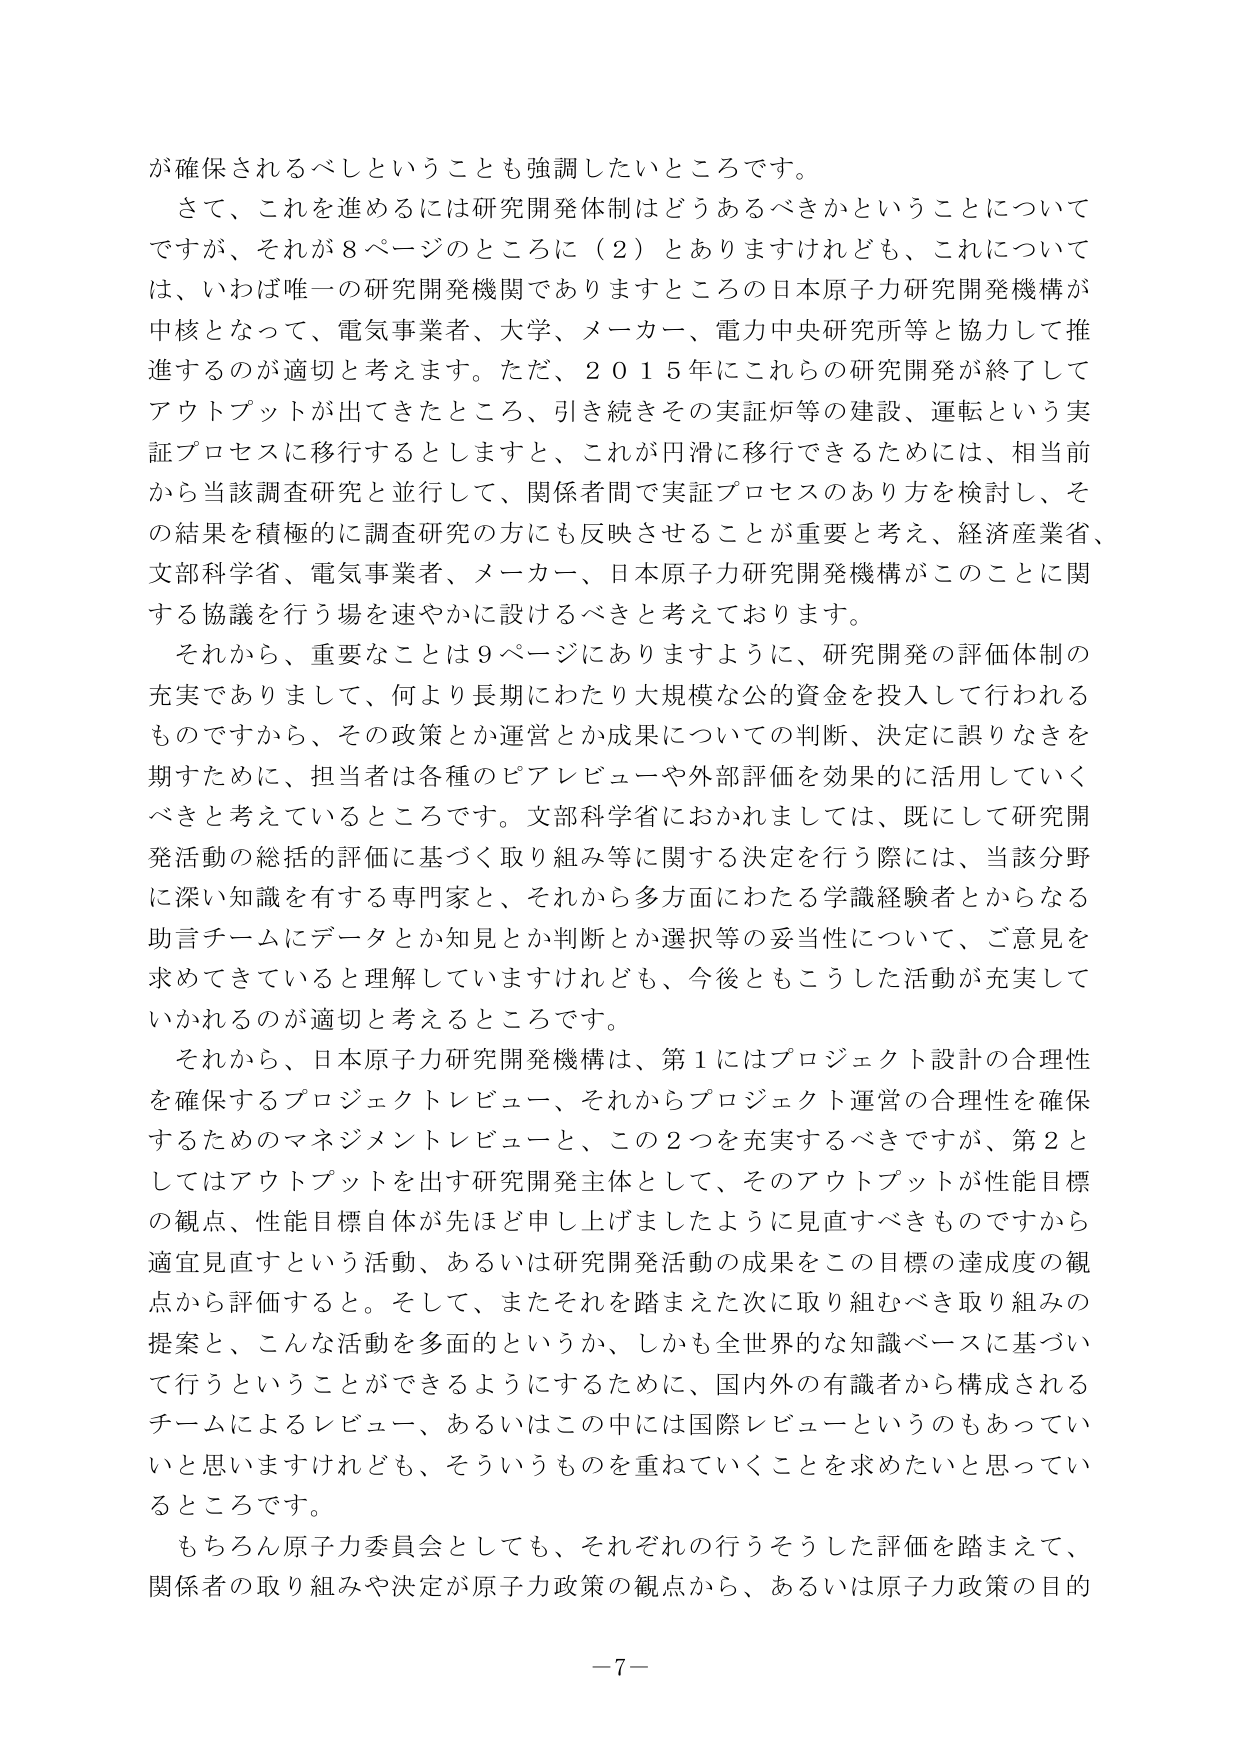
が確保されるべしということを強調したいところです。
さて、これを進めるには研究開発体制はどうあるべきかということについて
ですが、それが８ページのところに（２）とありますけれども、これについては、いわば唯一の研究開発機関でありますところの日本原子力研究開発機構が
中核となって、電気事業者、大学、メーカー、電力中央研究所等と協力して推
進するのが適切と考えます。ただ、２０１５年にこれらの研究開発が終了して
アウトプットが出てきたところ、引き続きその実証炉等の建設、運転という実
証プロセスに移行するとしますと、これが円滑に移行できるためには、相当前
から当該調査研究と並行して、関係者間で実証プロセスのあり方を検討し、そ
の結果を積極的に調査研究の方にも反映させることが重要と考え、経済産業省、
文部科学省、電気事業者、メーカー、日本原子力研究開発機構がこのことに関
する協議を行う場を速やかに設けるべきと考えております。
それから、重要なことは９ページにありますように、研究開発の評価体制の
充実でありまして、何より長期にわたり大規模な公的資金を投入して行われる
ものですから、その政策とか運営とか成果についての判断、決定に誤りなきを
期すために、担当者は各種のピアレビューーや外部評価を効果的に活用していく
べきと考えているところです。文部科学省におかれましては、既にして研究開
発活動の総括的評価に基づく取り組み等に関する決定を行う際には、当該分野
に深い知識を有する専門家と、それから多方面にわたる学識経験者とからなる
助言チームにデータとか知見とか判断とか選択等の妥当性について、ご意見を
求めてきていると理解していますけれども、今後ともこうした活動が充実して
いかれるのが適切と考えるところです。
それから、日本原子力研究開発機構は、第１にはプロジェクト設計の合理性
を確保するプロジェクトレビュー、それからプロジェクト運営の合理性を確保
するためのマネジメントレビューと、この２つを充実するべきですが、第２と
してはアウトプットを出す研究開発主体として、そのアウトプットが性能目標
の観点、性能目標自体が先ほど申し上げましたように見直すべきものですから
適宜見直すという活動、あるいは研究開発活動の成果をこの目標の達成度の観
点から評価すると。そして、またそれを踏まえた次に取り組むべき取り組みの
提案と、こんな活動を多面的というか、しかも全世界的な知識ベースに基づい
て行うということができるようになるために、国内外の有識者から構成される
チームによるレビュー、あるいはこの中には国際レビューというのもあってい
いと思いますけれども、そういうものを重ねていくことを求めたいと思ってい
るところです。
もちろん原子力委員会としても、それぞれの行うそうした評価を踏まえて、
関係者の取り組みや決定が原子力政策の観点から、あるいは原子力政策の目的
－７－